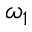
\omega _ { 1 }